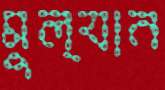
মুল্যান